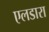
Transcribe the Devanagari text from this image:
एलडारा